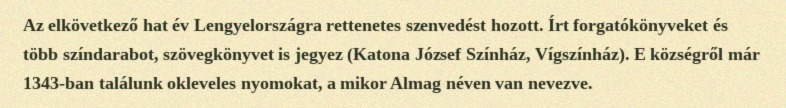
Az elkövetkező hat év Lengyelországra rettenetes szenvedést hozott. Írt forgatókönyveket és több színdarabot, szövegkönyvet is jegyez (Katona József Színház, Vígszínház). E községről már 1343-ban találunk okleveles nyomokat, a mikor Almag néven van nevezve.